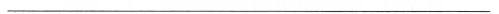
-